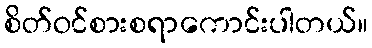
စိတ်ဝင်စားစရာကောင်းပါတယ်။